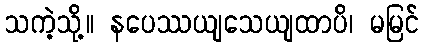
သကဲ့သို့။ နပေဿယျသေယျထာပိ၊ မမြင်